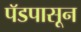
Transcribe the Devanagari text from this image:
पॅडपासून